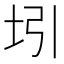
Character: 𰉞